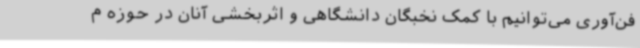
فن‌آوری می‌توانیم با کمک نخبگان دانشگاهی و اثربخشی آنان در حوزه م